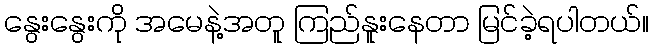
နွေးနွေးကို အမေနဲ့အတူ ကြည်နူးနေတာ မြင်ခဲ့ရပါတယ်။